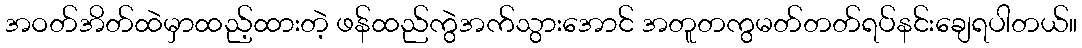
အဝတ်အိတ်ထဲမှာထည့်ထားတဲ့ ဖန်ထည်ကွဲအက်သွားအောင် အတူတကွမတ်တတ်ရပ်နင်းချေရပါတယ်။